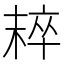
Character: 𣖢